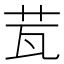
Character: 𦭈